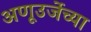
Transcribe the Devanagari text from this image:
अणूउर्जेच्या